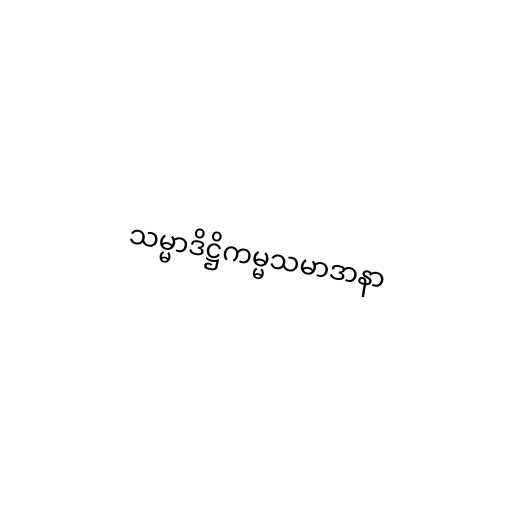
သမ္မာဒိဋ္ဌိကမ္မသမာဒာနာ